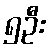
၅ဦး